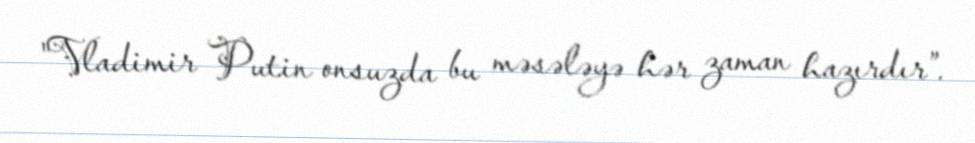
"Vladimir Putin onsuzda bu məsələyə hər zaman hazırdır”.